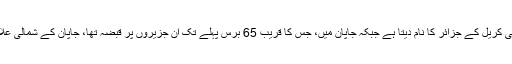
روس ان کو جنوبی کریل کے جزائر کا نام دیتا ہے جبکہ جاپان میں، جس کا قریب 65 برس پہلے تک ان جزیروں پر قبضہ تھا، جاپان کے شمالی علاقے کہا جاتا ہے۔